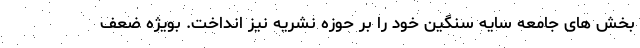
بخش های جامعه سایه سنگین خود را بر حوزه نشریه نیز انداخت. بویژه ضعف